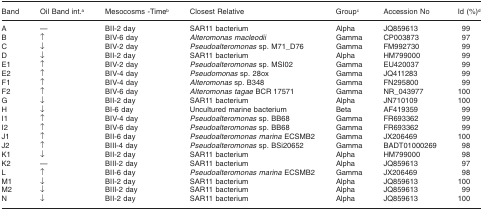
| Band | Oil Band int.a | Mesocosms -Timeb | Closest Relative | Groupc | Accession No | Id (%)d |
 | --- | --- | --- | --- | --- | --- | --- |
 | A | — | BII-2 day | SAR11 bacterium | Alpha | JQ859613 | 99 |
 | B | ↑ | BIV-6 day | Alteromonas macleodii | Gamma | CP003873 | 97 |
 | C | ↓ | BIV-2 day | Pseudoalteromonas sp. M71_D76 | Gamma | FM992730 | 99 |
 | D | ↓ | BII-2 day | SAR11 bacterium | Alpha | HM799000 | 99 |
 | E1 | ↑ | BIV-2 day | Pseudoalteromonas sp. MSI02 | Gamma | EU420037 | 99 |
 | E2 | ↑ | BIV-4 day | Pseudomonas sp. 28ox | Gamma | JQ411283 | 99 |
 | F1 | ↑ | BIV-4 day | Alteromonas sp. B348 | Gamma | FN295800 | 99 |
 | F2 | ↑ | BIV-6 day | Alteromonas tagae BCR 17571 | Gamma | NR_043977 | 100 |
 | G | ↓ | BII-2 day | SAR11 bacterium | Alpha | JN710109 | 100 |
 | H | ↓ | BI-6 day | Uncultured marine bacterium | Beta | AF419359 | 99 |
 | I1 | ↑ | BIV-4 day | Pseudoalteromonas sp. BB68 | Gamma | FR693362 | 99 |
 | I2 | ↑ | BIV-6 day | Pseudoalteromonas sp. BB68 | Gamma | FR693362 | 99 |
 | J1 | ↑ | BII-6 day | Pseudoalteromonas marina ECSMB2 | Gamma | JX206469 | 100 |
 | J2 | ↑ | BIII-4 day | Pseudoalteromonas sp. BSi20652 | Gamma | BADT01000269 | 98 |
 | K1 | ↓ | BII-2 day | SAR11 bacterium | Alpha | HM799000 | 98 |
 | K2 | — | BIII-2 day | SAR11 bacterium | Alpha | JQ859613 | 97 |
 | L | ↑ | BII-6 day | Pseudoalteromonas marina ECSMB2 | Gamma | JX206469 | 98 |
 | M1 | ↓ | BII-2 day | SAR11 bacterium | Alpha | JQ859613 | 100 |
 | M2 | ↓ | BIII-2 day | SAR11 bacterium | Alpha | JQ859613 | 99 |
 | N | ↓ | BII-2 day | SAR11 bacterium | Alpha | JQ859613 | 100 |